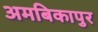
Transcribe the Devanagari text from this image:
अमबिकापुर